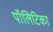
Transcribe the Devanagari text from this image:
पॉलिटिका